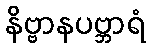
နိဗ္ဗာနပဗ္ဘာရံ